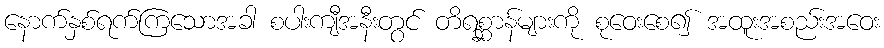
နောက်နှစ်ရက်ကြသောအခါ စပါးကျီအနီးတွင် တိရစ္ဆာန်များကို စုဝေးစေ၍ အထူးအစည်းအဝေး